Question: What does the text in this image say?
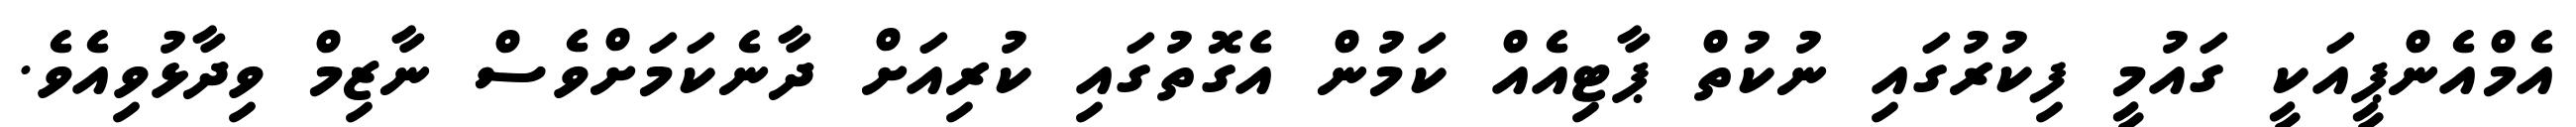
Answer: އެމްއެންޕީއަކީ ގައުމީ ފިކުރުގައި ނުކުތް ޕާޓިއެއް ކަމުން އެގޮތުގައި ކުރިއަށް ދާނެކަމަށްވެސް ނާޒިމް ވިދާޅުވިއެވެ.